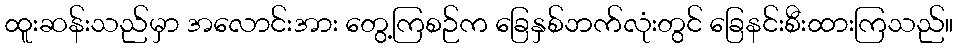
ထူးဆန်းသည်မှာ အလောင်းအား တွေ့ကြစဉ်က ခြေနှစ်ဘက်လုံးတွင် ခြေနင်းစီးထားကြသည်။